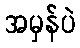
အမှန်ပဲ